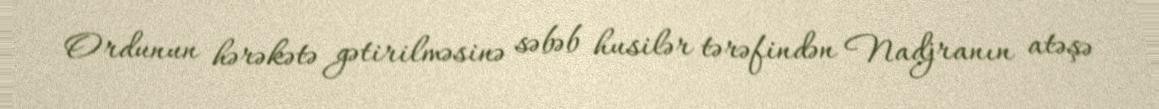
Ordunun hərəkətə gətirilməsinə səbəb husilər tərəfindən Nadjranın atəşə